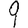
Digit: 9